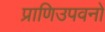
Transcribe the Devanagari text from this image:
प्राणिउपवनों